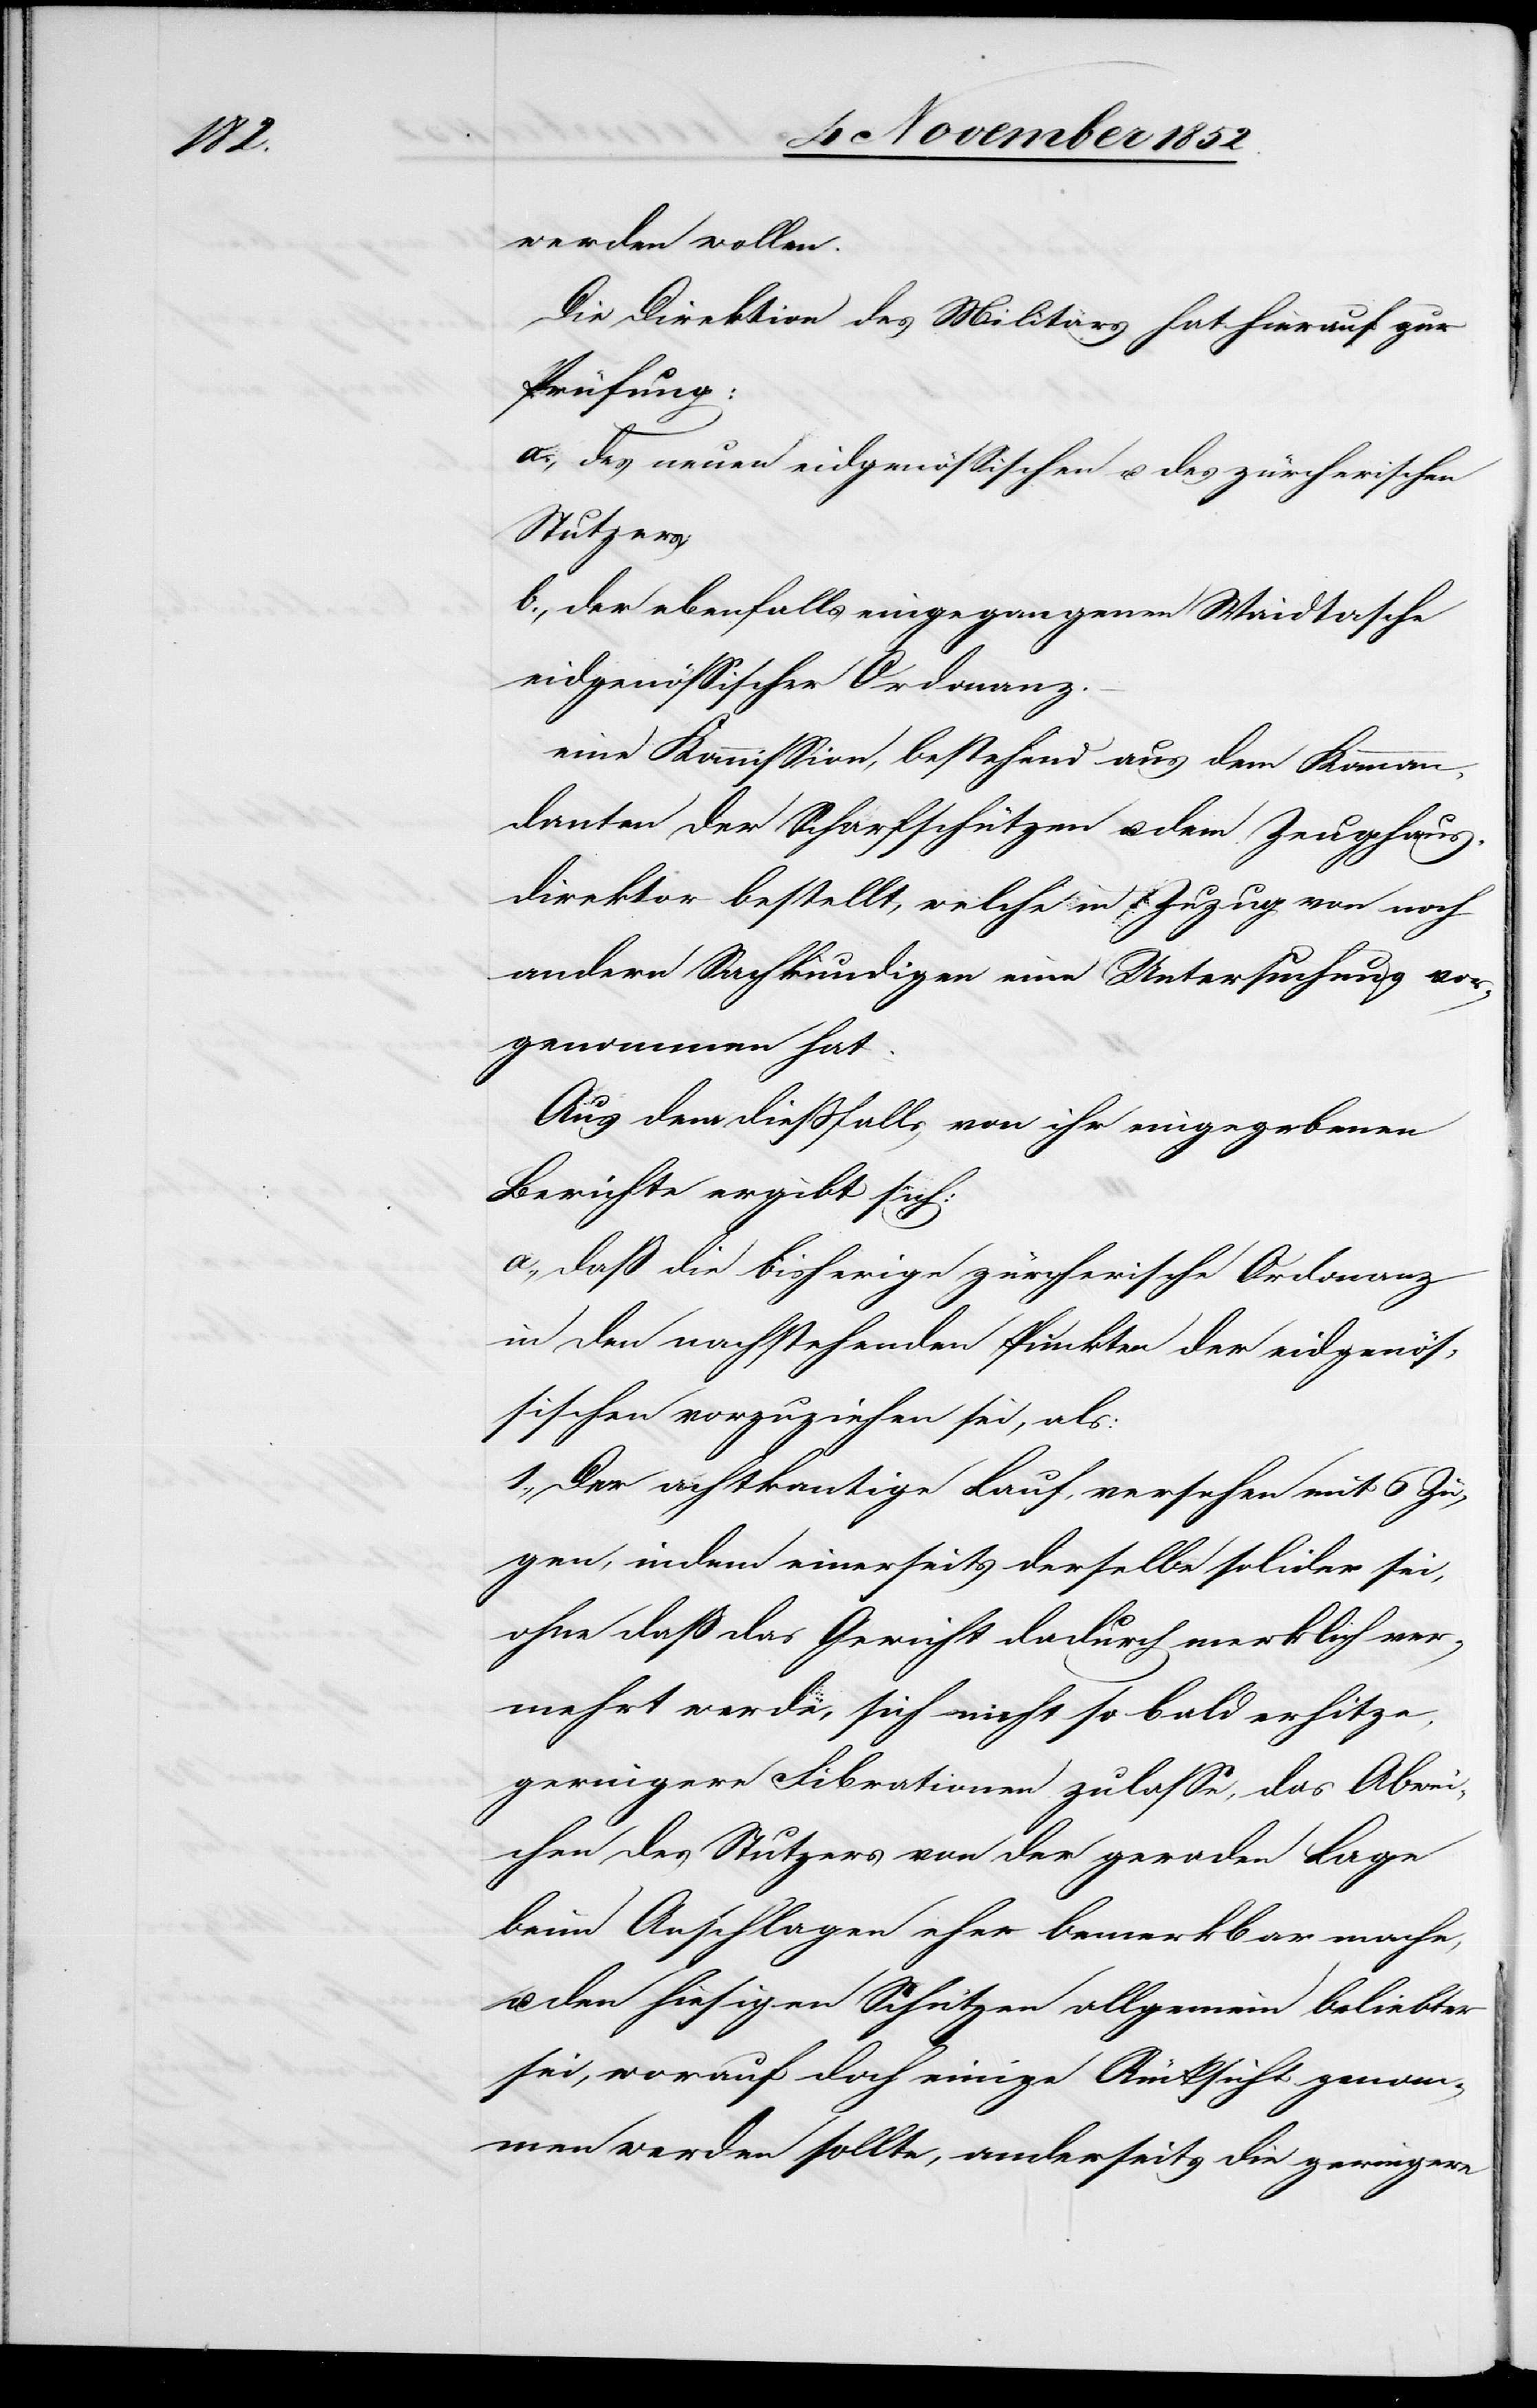
1.,

werden wollen.
Die Direktion des Militärs hat hierauf zur
Prüfung:
a., des neuen eidgenössischen u. des zürcherischen
Stutzers;
b., der ebenfalls eingegangenen Waidtasche
eidgenössischer Ordonanz.
eine Kommission, bestehend aus dem Komman¬
danten der Scharfschützen u. dem Zeughaus¬
direktor bestellt, welche in Zuzug von noch
andern Sachkundigen eine Untersuchung vor¬
genommen hat.
Aus dem dießfalls von ihr eingegebenen
Berichte ergibt sich:
a., daß die bisherige zürcherische Ordonanz
in den nachstehenden Punkten der eidgenös¬
sischen vorzuziehen sei, als:
Der achtkantige Lauf, versehen mit 6 Zü¬
gen, indem einerseits derselbe solider sei,
ohne daß das Gewicht dadurch merklich ver¬
mehrt werde, sich nicht so bald erhitze,
geringere Fibrationen zulasse, das Abwei¬
chen des Stutzers von der geraden Lage
beim Anschlagen eher bemerkbar mache,
u. den hiesigen Schützen allgemein beliebter
sei, worauf doch einige Rücksicht genom¬
men werden sollte, anderseits die geringere